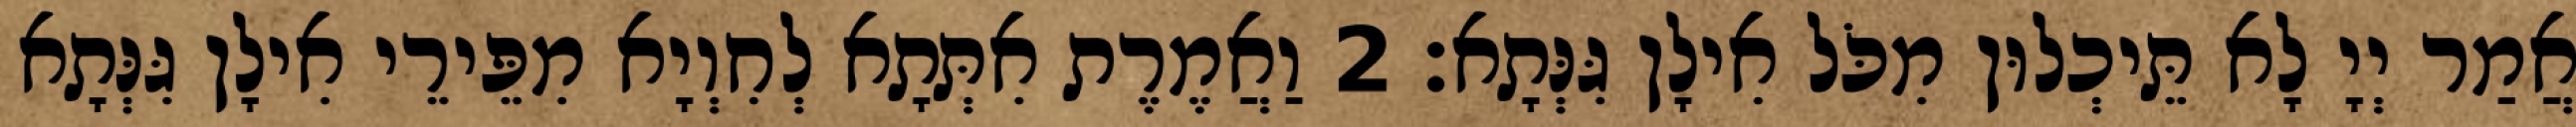
אֲמַר יְיָ לָא תֵּיכְלוּן מִכֹּל אִילָן גִּנְּתָא׃ 2 וַאֲמֶרֶת אִתְּתָא לְחִוְיָא מִפֵּירֵי אִילָן גִּנְּתָא